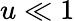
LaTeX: u\ll 1